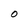
Character: O